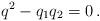
LaTeX: \begin{align*}q^2 - q_1q_2 = 0 \, .\end{align*}